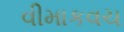
વીમાકવચ